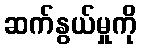
ဆက်နွယ်မှုကို